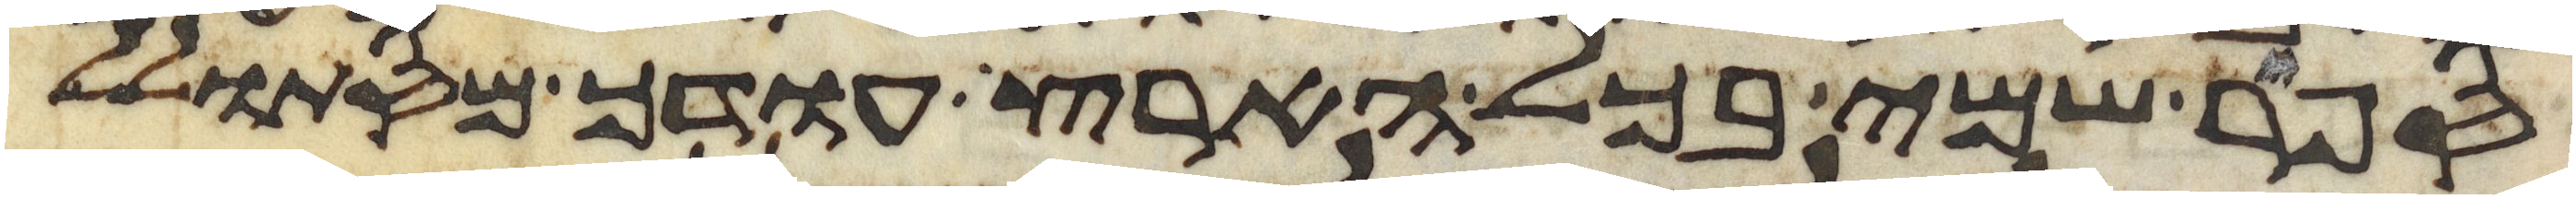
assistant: ספר שמי בכל הארץ עודך מסתולל